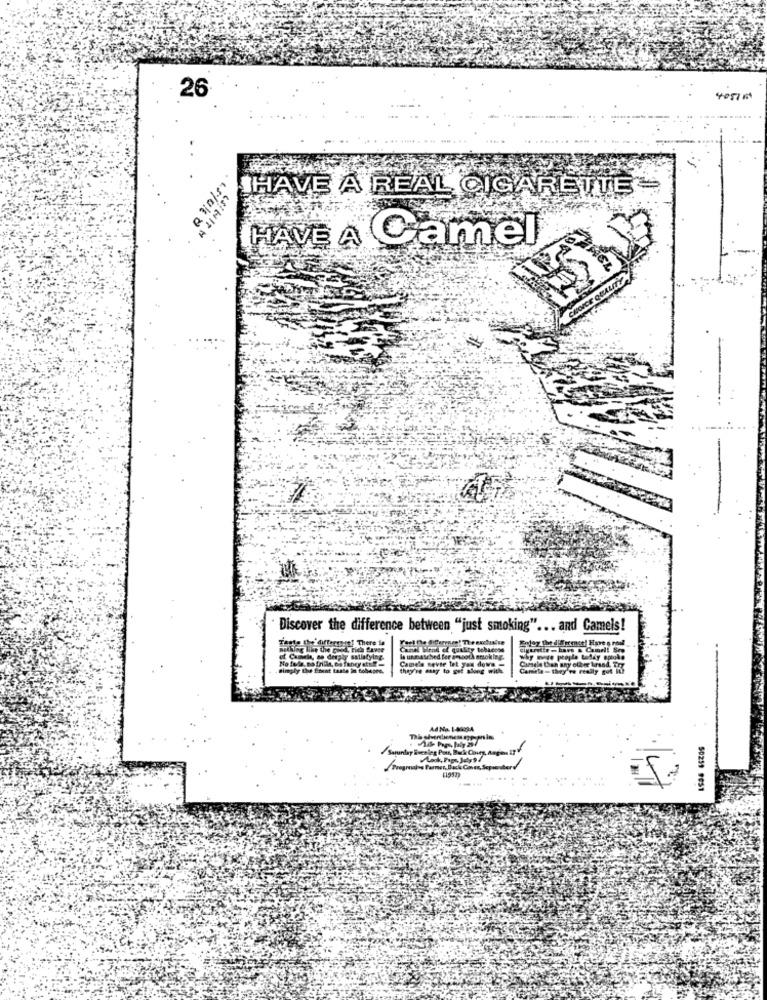
26
40576
IHAVE A REAL CIGARETTE -
18/0/10
CSIWITH
HAVE A Camel
Discover the difference between "just smoking" ... and Camels!
Ht! There is
Canel Mira
Candle ne
why mire prople today epoke
Camela Lheh any other brand. Tig
matte -they've really
Ad Na. 1-MigA
50239 9051